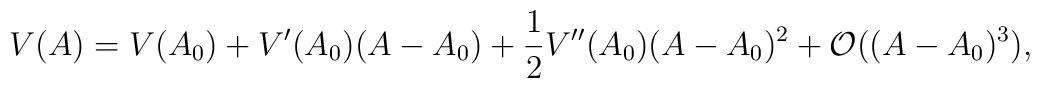
V(A)=  V(A_0) + V'(A_0)(A-A_0) + \frac{1}{2}V''(A_0)(A-A_0)^2 + {\cal O} ((A-A_0)^3),